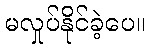
မလှုပ်နိုင်ခဲ့ပေ။